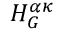
H _ { G } ^ { \alpha \kappa }